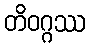
တိဝဂ္ဂဿ